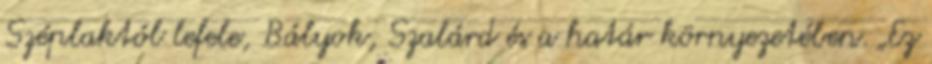
Széplaktól lefele, Bályok, Szalárd és a határ környezetében. „Ez